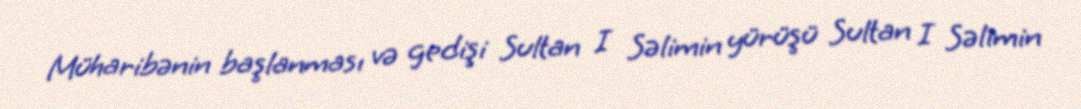
Müharibənin başlanması və gedişi Sultan I Səlimin yürüşü Sultan I Səlimin